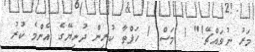
މަރު ނުވައްޗޭ!" 1 މަސް 1 ހަފްތާ ކުރިން ދުނިޔޭގެ އެންމެ ކުރު